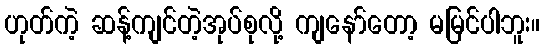
ဟုတ်ကဲ့ ဆန့်ကျင်တဲ့အုပ်စုလို့ ကျနော်တော့ မမြင်ပါဘူး။